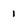
Character: i